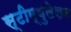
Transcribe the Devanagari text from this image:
स्टीम्युलेशन